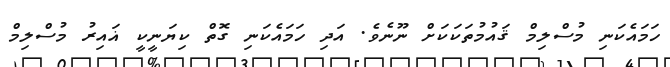
ހަމައެކަނި މުސްލިމް ޤައުމުތަކަކަށް ނޫނެވެ. އަދި ހަމައެކަނި ގޮތް ކިޔަނީކީ ޣައިރު މުސްލިމް